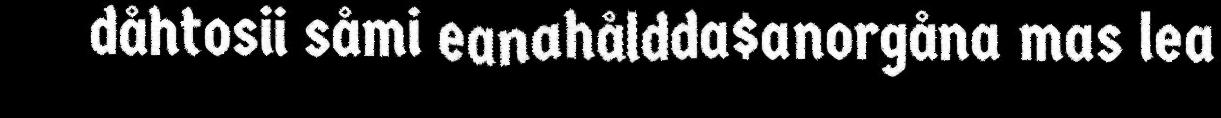
dåhtosii såmi eanahåldda$anorgåna mas lea